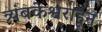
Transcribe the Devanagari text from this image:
त्र्यंबकेश्वराहून